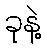
ခုနဲ့